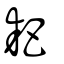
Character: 耙